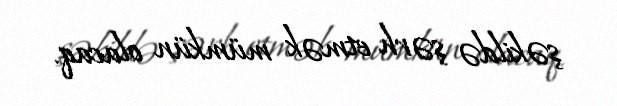
şəkildə şərh etmək mümkün olacaq.